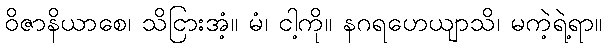
ဝိဇာနိယာစေ၊ သိငြားအံ့။ မံ၊ ငါ့ကို။ နဂရဟေယျာသိ၊ မကဲ့ရဲ့ရာ။